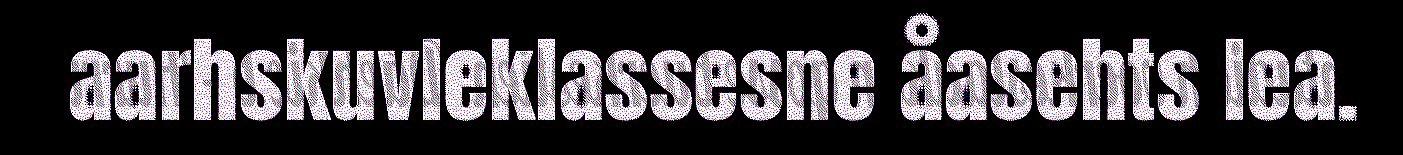
aarhskuvleklassesne åasehts lea.